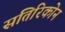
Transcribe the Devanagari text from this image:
सतिरिकोन